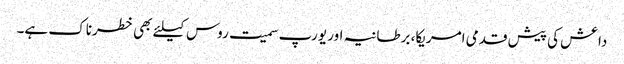
داعش کی پیش قدمی امریکا، برطانیہ اور یورپ سمیت روس کیلئے بھی خطرناک ہے۔